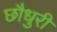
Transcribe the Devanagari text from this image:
छौधुरी